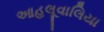
આહલૂવાલિયા